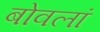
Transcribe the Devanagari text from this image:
बोवलां